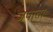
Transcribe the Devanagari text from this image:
जपाता